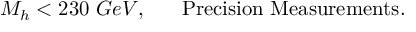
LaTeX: M _ { h } < 2 3 0 ~ G e V , ~ ~ ~ ~ ~ { \mathrm { P r e c i s i o n ~ M e a s u r e m e n t s } } .